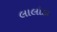
લાલોડા